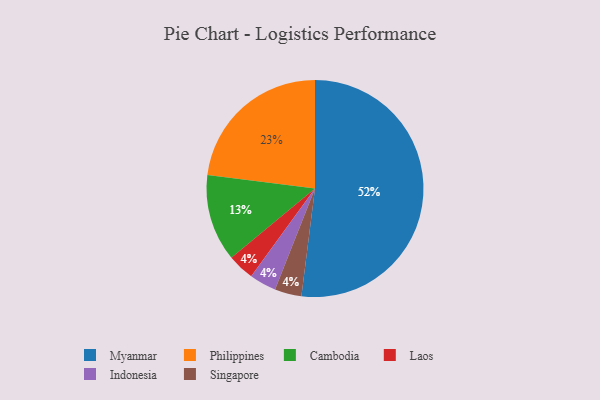
{"axis": {"x": "Category", "y": "Percentage"}, "legend": ["Cambodia", "Indonesia", "Laos", "Myanmar", "Philippines", "Singapore"], "data": [{"x": "Laos", "y": 4, "type": "Laos"}, {"x": "Philippines", "y": 23, "type": "Philippines"}, {"x": "Indonesia", "y": 4, "type": "Indonesia"}, {"x": "Cambodia", "y": 13, "type": "Cambodia"}, {"x": "Singapore", "y": 4, "type": "Singapore"}, {"x": "Myanmar", "y": 52, "type": "Myanmar"}]}